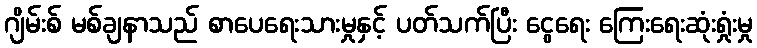
ဂျိမ်းစ် မစ်ချနာသည် စာပေရေးသားမှုနှင့် ပတ်သက်ပြီး ငွေရေး ကြေးရေးဆုံးရှုံးမှု